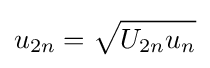
u_{2n}={\sqrt {U_{2n}u_{n}}}